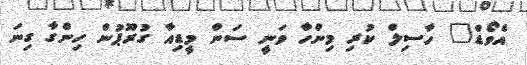
އެވޯޑް" ހާސިލް ކުރި މިންހާ ވަނީ ސަން މީޑިއާ ގުރޫޕުން ހިންގާ ގިނަ